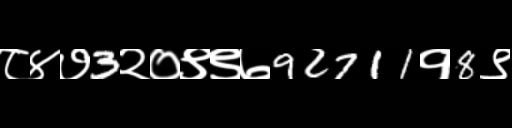
Text: ८४७3२०९९७92711१8९